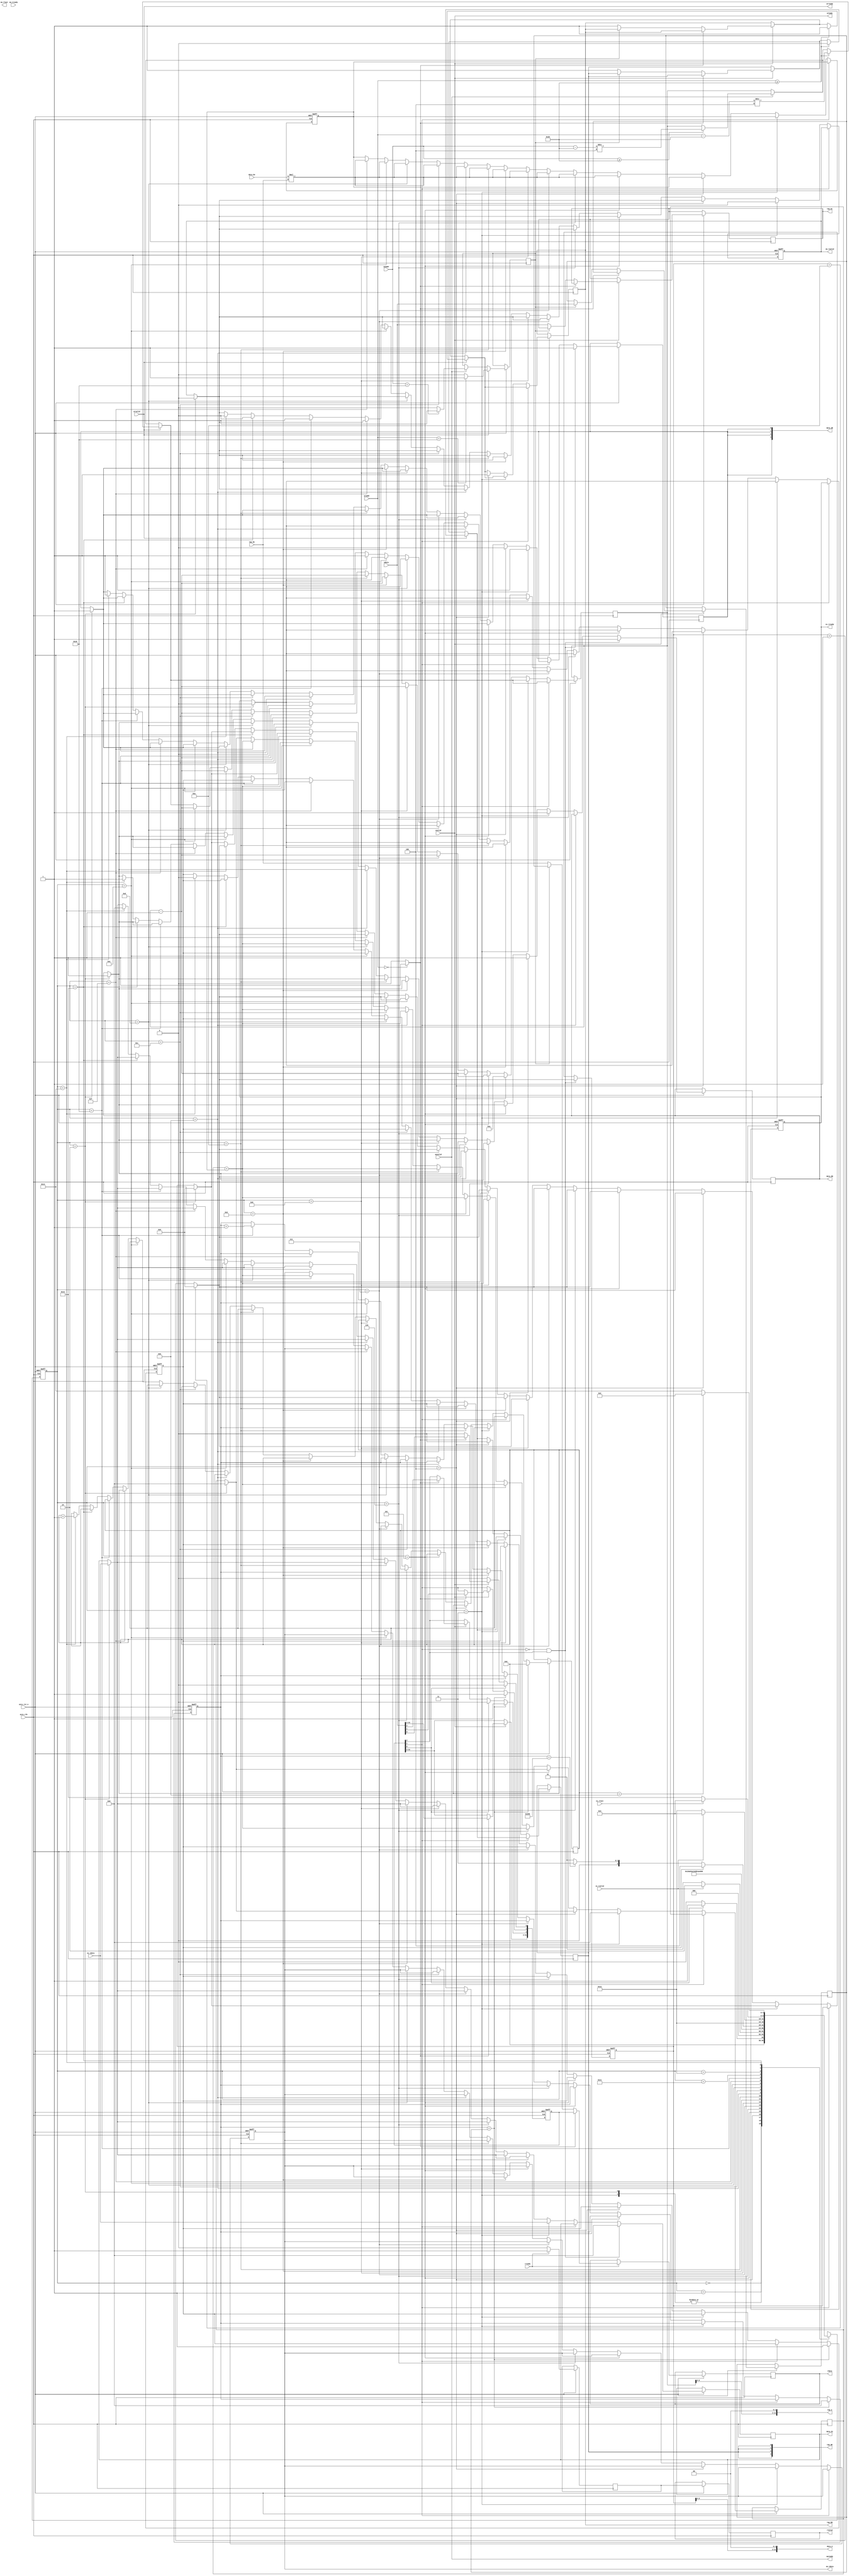
`timescale 1ns / 1ps

module fir 
#(  parameter pADDR_WIDTH = 12,
    parameter pDATA_WIDTH = 32,
    parameter Tape_Num    = 11,
    parameter IDLE = 5'd0,
    parameter START = 5'd1,
    parameter INIT_0 = 5'd2,
    parameter INIT_1 = 5'd3,
    parameter INIT_2 = 5'd4,
    parameter COEF_10 = 5'd5,
    parameter COEF_9 = 5'd6,
    parameter COEF_8 = 5'd7,
    parameter COEF_7 = 5'd8,
    parameter COEF_6 = 5'd9,
    parameter COEF_5 = 5'd10,
    parameter COEF_4 = 5'd11,
    parameter COEF_3 = 5'd12,
    parameter COEF_2 = 5'd13,
    parameter COEF_1 = 5'd14,
    parameter COEF_0 = 5'd15,
    parameter OUTPUT = 5'd16,
    parameter WAIT_VAL_1 = 5'd17,
    parameter WAIT_VAL_2 = 5'd18,
    parameter WAIT = 5'd19,
    parameter RST_BRAM = 5'd20
)
(
    output  wire                     awready,
    output  wire                     wready,
    input   wire                     awvalid,
    input   wire [(pADDR_WIDTH-1):0] awaddr,
    input   wire                     wvalid,
    input   wire [(pDATA_WIDTH-1):0] wdata,
    output  wire                     arready,
    input   wire                     rready,
    input   wire                     arvalid,
    input   wire [(pADDR_WIDTH-1):0] araddr,
    output  wire                     rvalid,
    output  wire [(pDATA_WIDTH-1):0] rdata,    
    input   wire                     ss_tvalid, 
    input   wire [(pDATA_WIDTH-1):0] ss_tdata, 
    input   wire                     ss_tlast, 
    output  wire                     ss_tready, 
    input   wire                     sm_tready, 
    output  wire                     sm_tvalid, 
    output  wire [(pDATA_WIDTH-1):0] sm_tdata, 
    output  wire                     sm_tlast, 
    
    // bram for tap RAM
    output  wire [3:0]               tap_WE,
    output  wire                     tap_EN,
    output  wire [(pDATA_WIDTH-1):0] tap_Di,
    output  wire [(pADDR_WIDTH-1):0] tap_A,
    input   wire [(pDATA_WIDTH-1):0] tap_Do,

    // bram for data RAM
    output  wire [3:0]               data_WE,
    output  wire                     data_EN,
    output  wire [(pDATA_WIDTH-1):0] data_Di,
    output  wire [(pADDR_WIDTH-1):0] data_A,
    input   wire [(pDATA_WIDTH-1):0] data_Do,

    input   wire                     axis_clk,
    input   wire                     axis_rst_n
);


    // write your code here!
    reg [4:0] curr_state, next_state;
    reg [11:0] addr_buf, data_addr_buf;
    reg signed [31:0] write_buf, data_write_buf, read_buf;
    reg read_flag1, read_flag2, EN_flag, data_EN_flag, WE_flag, data_WE_flag;
    reg [31:0] ap_signals, length;
    reg ap_flag, length_flag;
    reg [3:0] SftReg_ptr;
    reg SftReg_full_flag;
    reg [31:0] AddIn_buf, acc;
    reg ss_tready_buf, sm_tvalid_buf;
    reg [31:0] sm_tdata_buf;
    reg [31:0] cnt;
    reg last_data_flag;
    reg finish_flag;
    reg [3:0] RST_BRAM_cnt;
    
    // BRAM
    assign tap_Di = write_buf;
    assign tap_A = addr_buf<<2;
    assign tap_EN = EN_flag;
    assign tap_WE = {4{WE_flag}};
    assign data_Di = data_write_buf;
    assign data_A = data_addr_buf<<2;
    assign data_EN = data_EN_flag;
    assign data_WE = {4{data_WE_flag}};
    // axi-write
    assign awready = awvalid;
    assign wready = wvalid;
    // axi-read
    assign arready = arvalid;
    assign rvalid = read_flag2;
    assign rdata = read_buf;
    // axi-stream
    assign ss_tready = ss_tready_buf;
    assign sm_tdata = sm_tdata_buf;
    assign sm_tvalid = sm_tvalid_buf;

    always @ (posedge axis_clk or negedge axis_rst_n) begin
        if (~axis_rst_n) begin
            curr_state <= IDLE;
            ap_signals <= 32'h4;
            SftReg_ptr <= 4'h0;
            SftReg_full_flag <= 0;
            AddIn_buf <= 32'd0;
            ss_tready_buf <= 0;
            data_addr_buf <= 12'h00;
            sm_tvalid_buf <= 0;
            sm_tdata_buf <= 32'd0;
            cnt <= 32'd0;
            finish_flag <= 0;
        end
        else begin
            curr_state <= next_state;
            // Coefficient input
            // axilite-write
            if(awvalid) begin
                // if(awaddr == 12'h00) begin
                //     ap_flag <= 1;
                // end
                // else ap_flag <= 0;
                if(awaddr == 12'h10) begin
                    length_flag <= 1;
                end
                else length_flag <= 0;
                if(awaddr >= 12'h20) begin
                    addr_buf <= (awaddr - 12'h20) / 12'h04;
                end
            end
            if(wvalid) begin
                if(ap_flag) begin
                    ap_signals <= wdata;
                end
                else if(length_flag) begin
                    length <= wdata;
                end
                else begin
                    write_buf <= wdata;
                    EN_flag <= 1;
                    WE_flag <= 1;
                end
            end
            //axilite-read
            if(arvalid) begin
                // if(araddr == 12'h00) begin
                //     ap_flag <= 1;
                // end
                // else ap_flag <= 0;
                if(araddr == 12'h10) begin
                    length_flag <= 1;
                end
                else length_flag <= 0;
                if(araddr >= 12'h20) begin
                    addr_buf <= (araddr - 12'h20) / 12'h04;
                    EN_flag <= 1;
                    WE_flag <= 0;
                end                
            end
            if(rready) begin
                read_flag1 <= 1;
                if(ap_flag)
                    read_buf <= ap_signals;
                else if(length_flag)
                    read_buf <= length;
                else read_buf <= tap_Do; 
            end
            else read_flag1 <= 0;
            read_flag2 <= read_flag1;

            if(ap_signals[0]) begin
                // ap_start = 0, ap_idle = 0
                ap_signals[0] <= 0;
                ap_signals[2] <= 0;
            end
            if(~ap_signals[1]) begin
                if(curr_state == INIT_0) begin
                    // FIR
                    acc <= 32'd0;
                    // Data ram write
                    data_addr_buf <= 12'h00;
                    data_EN_flag <= 1;
                    data_WE_flag <= 1;
                    data_write_buf <= ss_tdata;
                    ss_tready_buf <= 0;
                    // Initialize output signal
                    sm_tvalid_buf <= 0;
                    // Initialize last data flag
                    last_data_flag <= 0;
                end
                if(curr_state == INIT_1) begin
                    // FIR
                    acc <= 32'd0;
                    // Data ram write
                    data_EN_flag <= 1;
                    data_WE_flag <= 1;
                    data_write_buf <= ss_tdata;
                    // Initialize output signal
                    sm_tvalid_buf <= 0;
                end
                else if(curr_state == INIT_2) begin
                    // Tap ram read
                    EN_flag <= 1;
                    WE_flag <= 0;
                    addr_buf <= 12'h0a;
                    // Data ram read
                    data_EN_flag <= 1;
                    data_WE_flag <= 0;
                    if(data_addr_buf == 12'h0a)
                            data_addr_buf <= 12'h00;
                    else    data_addr_buf <= data_addr_buf + 12'h01;
                end
                else if(curr_state == COEF_10) begin
                    // FIR
                    AddIn_buf <= data_Do * tap_Do;
                    // BRAM addr
                    addr_buf <= addr_buf - 12'h01;
                    if(data_addr_buf == 12'h0a)
                            data_addr_buf <= 12'h00;
                    else    data_addr_buf <= data_addr_buf + 12'h01;
                end
                else if(curr_state == COEF_9) begin
                    // FIR
                    AddIn_buf <= data_Do * tap_Do;
                    acc <= acc + AddIn_buf;
                    // BRAM addr
                    addr_buf <= addr_buf - 12'h01;
                    if(data_addr_buf == 12'h0a)
                            data_addr_buf <= 12'h00;
                    else    data_addr_buf <= data_addr_buf + 12'h01;
                end
                else if(curr_state == COEF_8) begin
                    // FIR
                    AddIn_buf <= data_Do * tap_Do;
                    acc <= acc + AddIn_buf;
                    // BRAM addr
                    addr_buf <= addr_buf - 12'h01;
                    if(data_addr_buf == 12'h0a)
                            data_addr_buf <= 12'h00;
                    else    data_addr_buf <= data_addr_buf + 12'h01;
                end
                else if(curr_state == COEF_7) begin
                    // FIR
                    AddIn_buf <= data_Do * tap_Do;
                    acc <= acc + AddIn_buf;
                    // BRAM addr
                    addr_buf <= addr_buf - 12'h01;
                    if(data_addr_buf == 12'h0a)
                            data_addr_buf <= 12'h00;
                    else    data_addr_buf <= data_addr_buf + 12'h01;
                end
                else if(curr_state == COEF_6) begin
                    // FIR
                    AddIn_buf <= data_Do * tap_Do;
                    acc <= acc + AddIn_buf;
                    // BRAM addr
                    addr_buf <= addr_buf - 12'h01;
                    if(data_addr_buf == 12'h0a)
                            data_addr_buf <= 12'h00;
                    else    data_addr_buf <= data_addr_buf + 12'h01;
                end
                else if(curr_state == COEF_5) begin
                    // FIR
                    AddIn_buf <= data_Do * tap_Do;
                    acc <= acc + AddIn_buf;
                    // BRAM addr
                    addr_buf <= addr_buf - 12'h01;
                    if(data_addr_buf == 12'h0a)
                            data_addr_buf <= 12'h00;
                    else    data_addr_buf <= data_addr_buf + 12'h01;
                end
                else if(curr_state == COEF_4) begin
                    // FIR
                    AddIn_buf <= data_Do * tap_Do;
                    acc <= acc + AddIn_buf;
                    // BRAM addr
                    addr_buf <= addr_buf - 12'h01;
                    if(data_addr_buf == 12'h0a)
                            data_addr_buf <= 12'h00;
                    else    data_addr_buf <= data_addr_buf + 12'h01;
                end
                else if(curr_state == COEF_3) begin
                    // FIR
                    AddIn_buf <= data_Do * tap_Do;
                    acc <= acc + AddIn_buf;
                    // BRAM addr
                    addr_buf <= addr_buf - 12'h01;
                    if(data_addr_buf == 12'h0a)
                            data_addr_buf <= 12'h00;
                    else    data_addr_buf <= data_addr_buf + 12'h01;
                end
                else if(curr_state == COEF_2) begin
                    // FIR
                    AddIn_buf <= data_Do * tap_Do;
                    acc <= acc + AddIn_buf;
                    // BRAM addr
                    addr_buf <= addr_buf - 12'h01;
                    if(data_addr_buf == 12'h0a)
                            data_addr_buf <= 12'h00;
                    else    data_addr_buf <= data_addr_buf + 12'h01;
                end
                else if(curr_state == COEF_1) begin
                    // FIR
                    AddIn_buf <= data_Do * tap_Do;
                    acc <= acc + AddIn_buf;
                    // BRAM addr
                    addr_buf <= addr_buf - 12'h01;
                    if(data_addr_buf == 12'h0a)
                            data_addr_buf <= 12'h00;
                    else    data_addr_buf <= data_addr_buf + 12'h01;
                end
                else if(curr_state == COEF_0) begin
                    // FIR
                    AddIn_buf <= data_Do * tap_Do;
                    acc <= acc + AddIn_buf;
                    // BRAM addr
                    if(data_addr_buf == 12'h0a)
                            data_addr_buf <= 12'h00;
                    else    data_addr_buf <= data_addr_buf + 12'h01;

                    ss_tready_buf <= 1;
                end
                else if(curr_state == OUTPUT) begin
                    cnt <= cnt + 32'd1;

                    sm_tdata_buf <= acc + AddIn_buf;
                    sm_tvalid_buf <= 1;

                    ss_tready_buf <= 0;
                end
                else if(curr_state == WAIT) begin
                    sm_tvalid_buf <= 0;
                end
                else if(curr_state == RST_BRAM) begin
                    sm_tvalid_buf <= 0;
                    finish_flag <= 0;
                    RST_BRAM_cnt <= RST_BRAM_cnt + 4'd1;
                    // Reset data BRAM value
                    data_EN_flag <= 1;
                    data_WE_flag <= 1;
                    data_write_buf <= 12'h00;
                    if(data_addr_buf == 12'h0a)
                        data_addr_buf <= 12'h00;
                    else
                        data_addr_buf <= data_addr_buf + 12'h01;
                end
                else begin
                
                end
            end
            if(ap_signals[1] == 0 & ap_signals[2] == 1) begin
                // Initialize data BRAM value while coefficient input
                data_EN_flag <= 1;
                data_WE_flag <= 1;
                data_write_buf <= 12'h00;
                if(data_addr_buf == 12'h0a)
                    data_addr_buf <= 12'h00;
                else
                    data_addr_buf <= data_addr_buf + 12'h01;
            end
            if(cnt == length) begin
                cnt <= 32'd0;
                ap_signals[1] <= 1;
                ap_signals[2] <= 1;
                finish_flag <= 1;
                RST_BRAM_cnt <= 4'd0;
            end
        end
    end

    always @ (*) begin
        if(araddr == 12'h00)
            ap_flag <= 1;
        else
            ap_flag <= 0;
        next_state = 5'dx;
        case (curr_state)
            IDLE: 
                if(ap_signals[0])
                        next_state = START;
                else    next_state = IDLE;
            START:
                if(ss_tvalid)
                        next_state = INIT_0;
                else    next_state = START;
            INIT_0: next_state = INIT_2;
            INIT_1: next_state = INIT_2;
            INIT_2: next_state = COEF_10;
            COEF_10: next_state = COEF_9;
            COEF_9: next_state = COEF_8;
            COEF_8: next_state = COEF_7;
            COEF_7: next_state = COEF_6;
            COEF_6: next_state = COEF_5;
            COEF_5: next_state = COEF_4;
            COEF_4: next_state = COEF_3;
            COEF_3: next_state = COEF_2;
            COEF_2: next_state = COEF_1;
            COEF_1: next_state = COEF_0;
            COEF_0: next_state = OUTPUT;
            OUTPUT:
                if(finish_flag)
                        next_state = RST_BRAM;
                else if(cnt == 32'd598)
                        next_state = WAIT;
                else    next_state = WAIT_VAL_1;
            WAIT_VAL_1:
                next_state <= WAIT_VAL_2;
            WAIT_VAL_2:
                if(ss_tvalid)
                        next_state <= INIT_1;
                else    next_state <= WAIT_VAL_2;
            WAIT:
                if(ss_tlast)
                        next_state = INIT_1;
                else    next_state = WAIT;
            RST_BRAM:
                if(RST_BRAM_cnt == 4'd11)
                        next_state = INIT_0;
                else    next_state = RST_BRAM;
        endcase
    end

endmodule